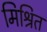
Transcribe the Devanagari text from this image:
मिश्रित